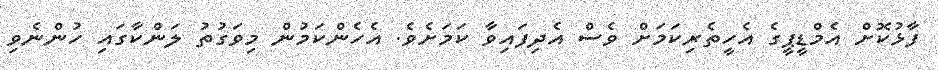
ފާޅުކޮށް އެމްޑީޕީގެ އެހީތެރިކަމަށް ވެސް އެދިފައިވާ ކަމަށެވެ. އެހެންކަމުން މިވަގުތު ލަންކާގައި ހުންނެވި